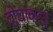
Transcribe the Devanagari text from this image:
दोघांकडून